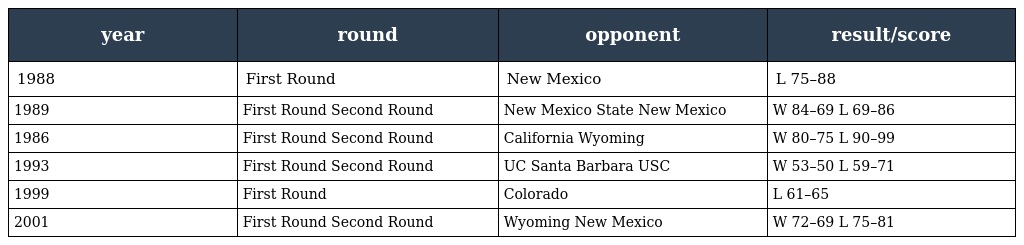
| year | round | opponent | result/score |
 | --- | --- | --- | --- |
 | 1988 | First Round | New Mexico | L 75–88 |
 | 1989 | First Round Second Round | New Mexico State New Mexico | W 84–69 L 69–86 |
 | 1986 | First Round Second Round | California Wyoming | W 80–75 L 90–99 |
 | 1993 | First Round Second Round | UC Santa Barbara USC | W 53–50 L 59–71 |
 | 1999 | First Round | Colorado | L 61–65 |
 | 2001 | First Round Second Round | Wyoming New Mexico | W 72–69 L 75–81 |